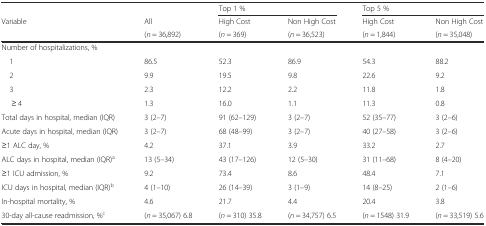
<table><thead><tr><td></td><td></td><td colspan="2"><b>Top 1 %</b></td><td colspan="2"><b>Top 5 %</b></td></tr><tr><td><b>Variable</b></td><td><b>All</b></td><td><b>High Cost</b></td><td><b>Non High Cost</b></td><td><b>High Cost</b></td><td><b>Non High Cost</b></td></tr><tr><td></td><td><b>(<i>n</i> = 36,892)</b></td><td><b>(<i>n</i> = 369)</b></td><td><b>(<i>n</i> = 36,523)</b></td><td><b>(<i>n</i> = 1,844)</b></td><td><b>(<i>n</i> = 35,048)</b></td></tr></thead><tbody><tr><td>Number of hospitalizations, %</td><td></td><td></td><td></td><td></td><td></td></tr><tr><td> 1</td><td>86.5</td><td>52.3</td><td>86.9</td><td>54.3</td><td>88.2</td></tr><tr><td> 2</td><td>9.9</td><td>19.5</td><td>9.8</td><td>22.6</td><td>9.2</td></tr><tr><td> 3</td><td>2.3</td><td>12.2</td><td>2.2</td><td>11.8</td><td>1.8</td></tr><tr><td>≥ 4</td><td>1.3</td><td>16.0</td><td>1.1</td><td>11.3</td><td>0.8</td></tr><tr><td>Total days in hospital, median (IQR)</td><td>3 (2–7)</td><td>91 (62–129)</td><td>3 (2–7)</td><td>52 (35–77)</td><td>3 (2–6)</td></tr><tr><td>Acute days in hospital, median (IQR)</td><td>3 (2–7)</td><td>68 (48–99)</td><td>3 (2–7)</td><td>40 (27–58)</td><td>3 (2–6)</td></tr><tr><td>≥1 ALC day, %</td><td>4.2</td><td>37.1</td><td>3.9</td><td>33.2</td><td>2.7</td></tr><tr><td>ALC days in hospital, median (IQR)<sup>a</sup></td><td>13 (5–34)</td><td>43 (17–126)</td><td>12 (5–30)</td><td>31 (11–68)</td><td>8 (4–20)</td></tr><tr><td>≥1 ICU admission, %</td><td>9.2</td><td>73.4</td><td>8.6</td><td>48.4</td><td>7.1</td></tr><tr><td>ICU days in hospital, median (IQR)<sup>b</sup></td><td>4 (1–10)</td><td>26 (14–39)</td><td>3 (1–9)</td><td>14 (8–25)</td><td>2 (1–6)</td></tr><tr><td>In-hospital mortality, %</td><td>4.6</td><td>21.7</td><td>4.4</td><td>20.4</td><td>3.8</td></tr><tr><td>30-day all-cause readmission, %<sup>c</sup></td><td>(<i>n</i> = 35,067) 6.8</td><td>(<i>n</i> = 310) 35.8</td><td>(<i>n</i> = 34,757) 6.5</td><td>(<i>n</i> = 1548) 31.9</td><td>(<i>n</i> = 33,519) 5.6</td></tr></tbody></table>